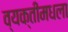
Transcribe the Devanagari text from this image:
व्यक्तीमधला